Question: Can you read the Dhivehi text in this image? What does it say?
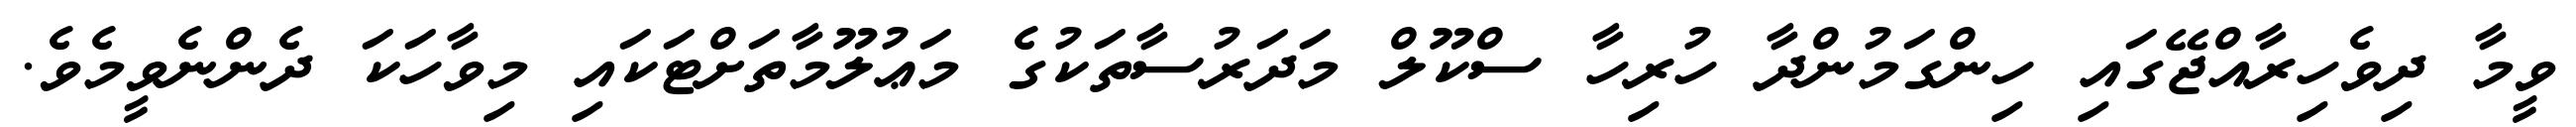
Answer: ވީމާ ދިވެހިރާއްޖޭގައި ހިންގަމުންދާ ހުރިހާ ސްކޫލް މަދަރުސާތަކުގެ މަޢުލޫމާތަށްޓަކައި މިވާހަކަ ދެންނެވީމެވެ.